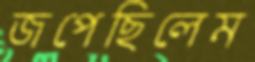
জপেছিলেম